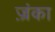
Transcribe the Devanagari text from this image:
ज़्रंका